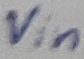
Text: Vin